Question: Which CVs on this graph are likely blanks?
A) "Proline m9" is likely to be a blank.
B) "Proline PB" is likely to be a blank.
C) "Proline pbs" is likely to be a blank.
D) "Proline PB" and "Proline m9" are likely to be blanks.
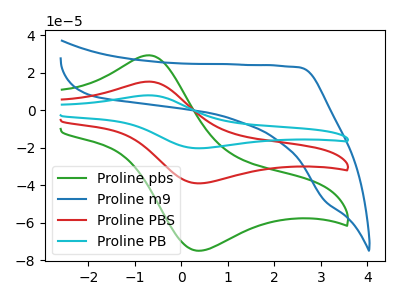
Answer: <think>The green curve "Proline pbs" has an anodic peak at (-0.70V, 29.25uA) and a cathodic peak at (0.30V, -74.85uA). The blue curve "Proline m9" has no peaks. The red curve "Proline PBS" has an anodic peak at (-0.70V, 15.25uA) and a cathodic peak at (0.30V, -38.95uA). The cyan curve "Proline PB" has an anodic peak at (-0.70V, 30.45uA) and a cathodic peak at (0.30V, -77.95uA).</think>
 <answer>A) "Proline m9" is likely to be a blank.</answer>
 <eval>A</eval>